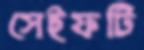
সেইফটি